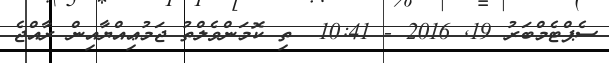
ސެޕްޓެމްބަރު 19